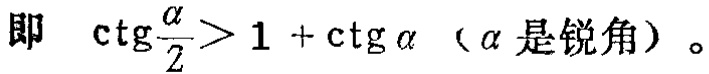
即 \(\cot\frac{\alpha}{2}>1 + \cot\alpha\)（\(\alpha\) 是锐角）。